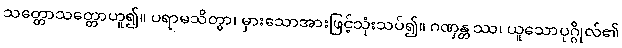
သတ္တောသတ္တောဟူ၍။ ပရာမသိတွာ၊ မှားသောအားဖြင့်သုံးသပ်၍။ ဂဏှန္တ ဿ၊ ယူသောပုဂ္ဂိုလ်၏